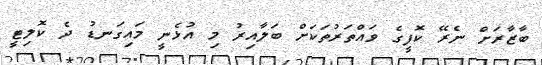
ބާޒާރަށް ނެރޭ ކޮފީގެ ވައްތަރުތަކަށް ބަލާއިރު މި އުޅެނީ މައިގަނޑު ދެ ކޮލިޓީ